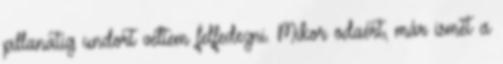
pillanatig undort véltem felfedezni. Mikor odaért, már ismét a